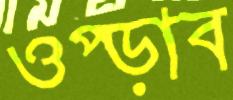
ওপ্‌ড়াব